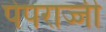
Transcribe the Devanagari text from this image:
पेपराज्जी